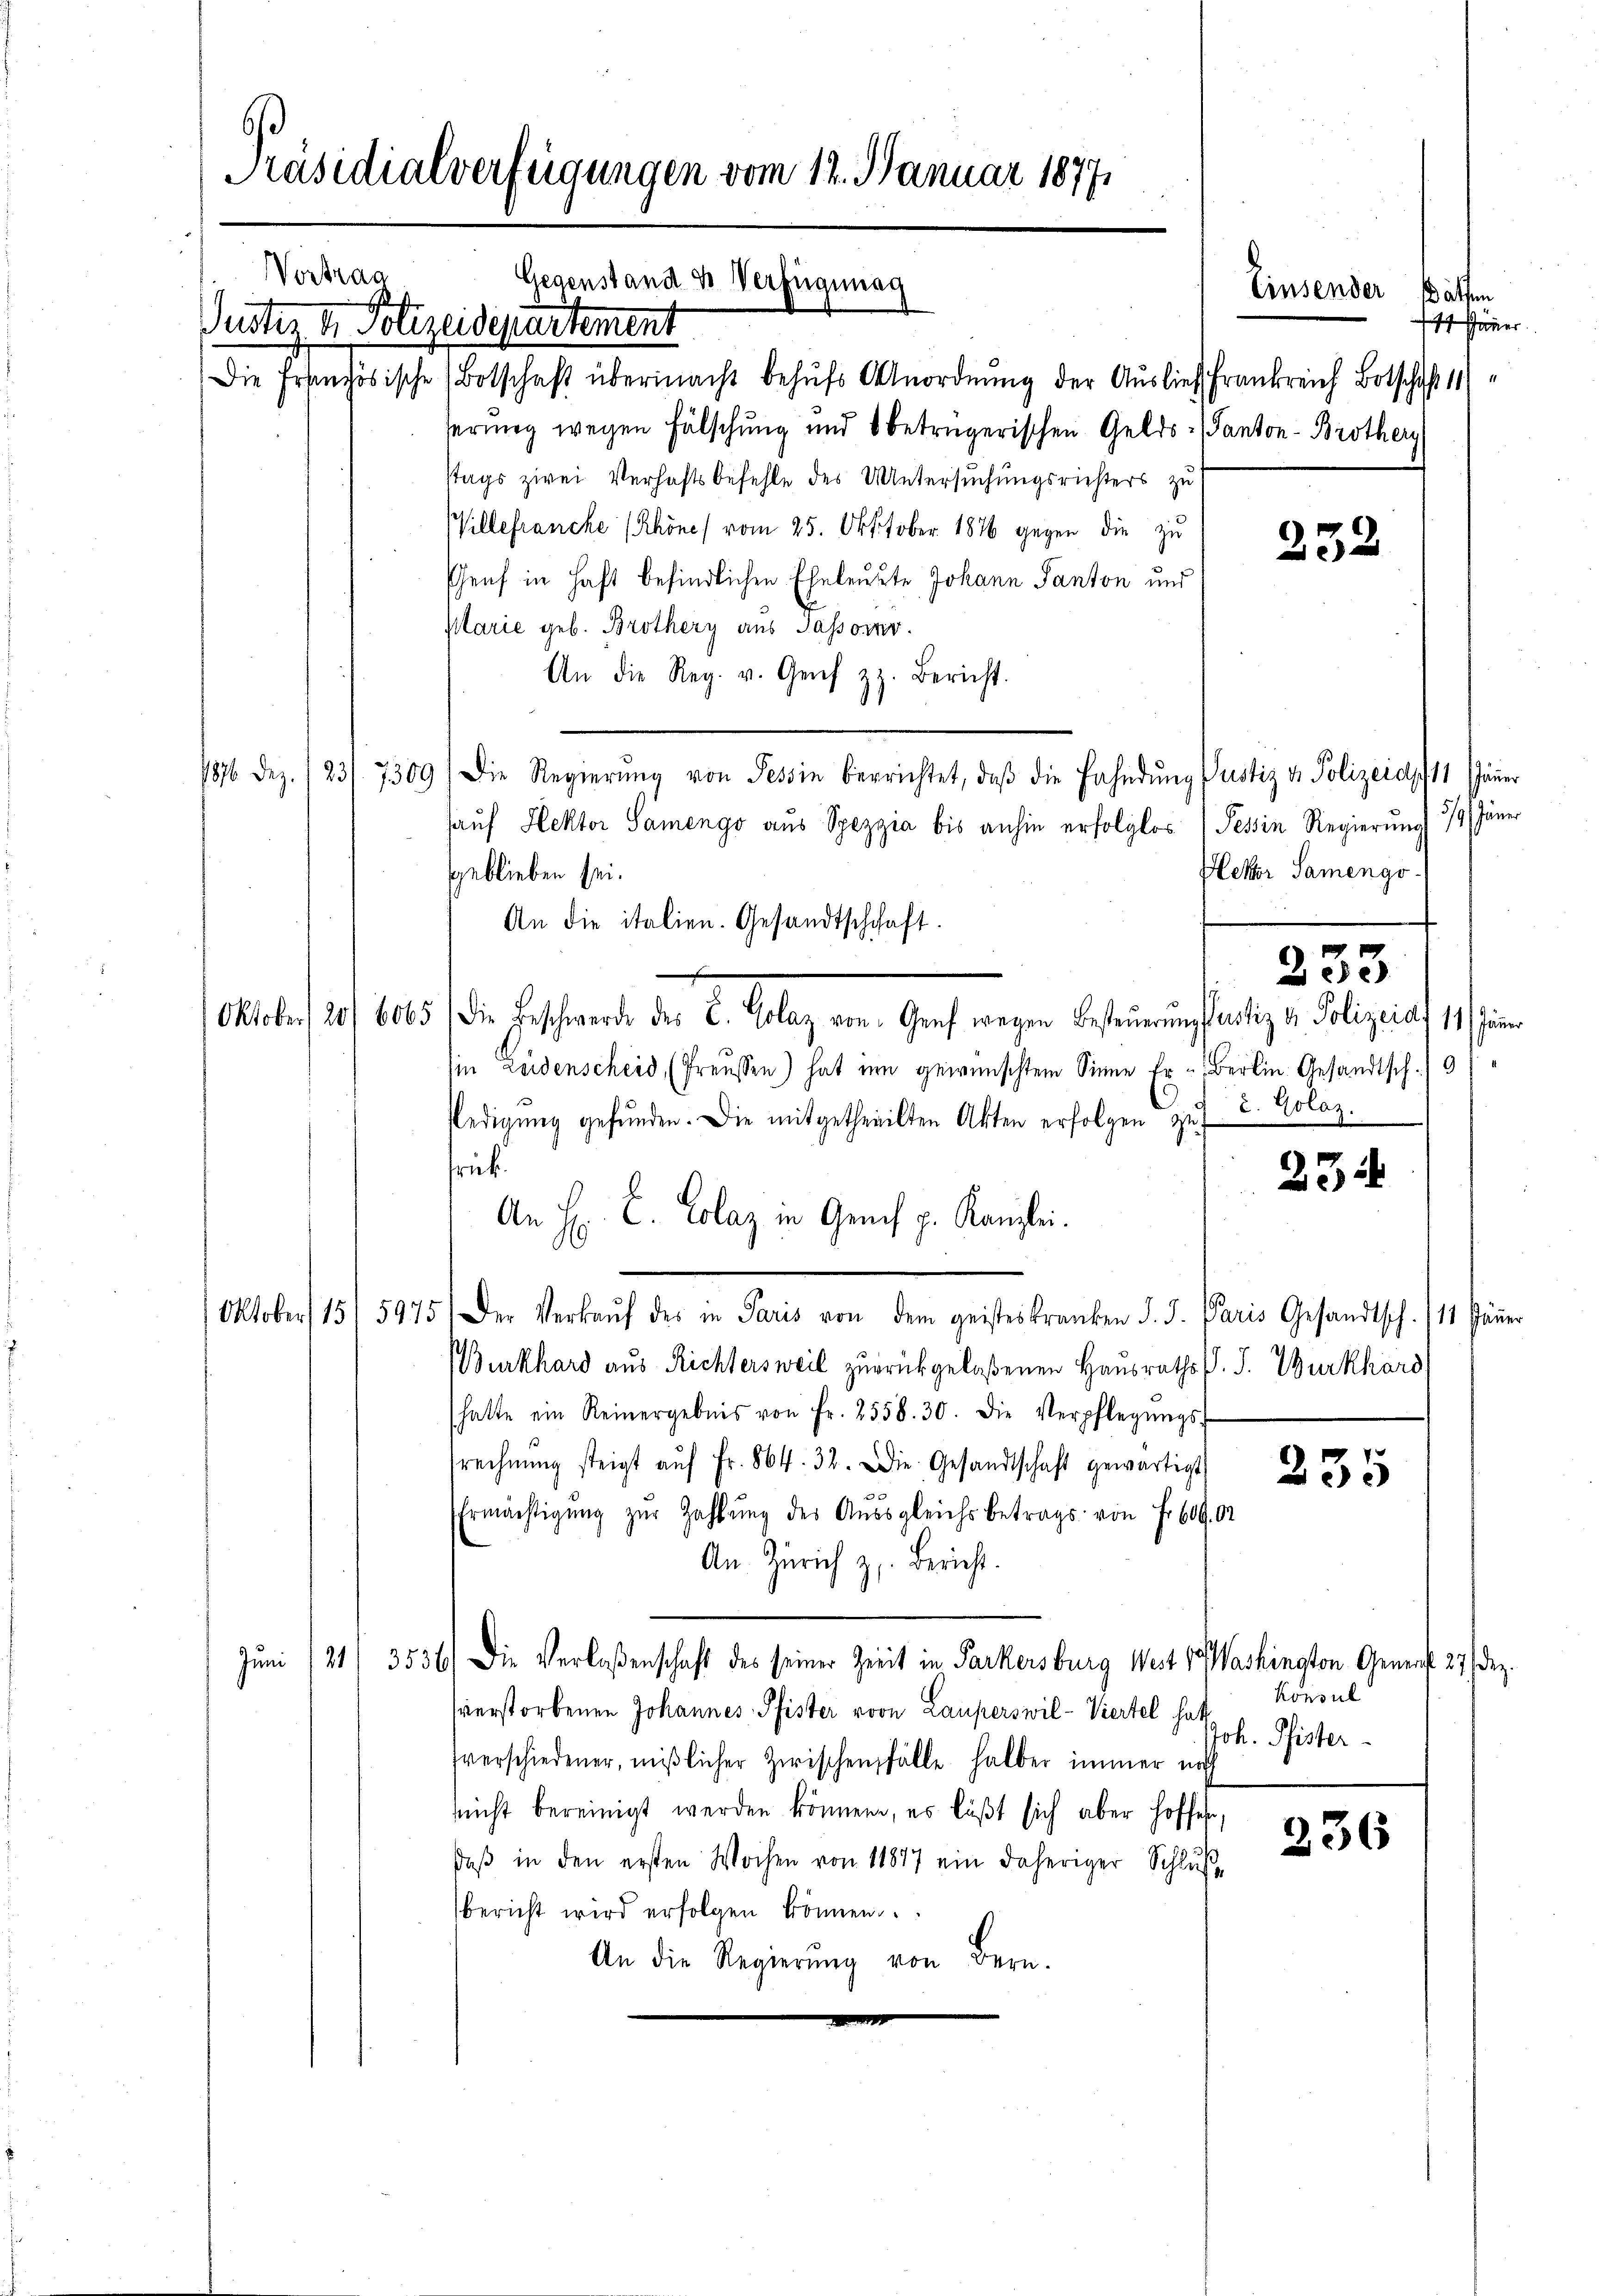
Präsidialverfügungen vom 12. Januar 1877

Wi
unter
Die Er

anzösische Botschaft übermacht behufs Anordnung der Auslief Frankreich Botschaft 11
serung wegen Fälschung und 8 betrügerischen Gelds- (Tanton - Brothers
Stags zwei Verhaftsbefehle des Untersuchungsrichters zu
Villefranche (Rhönes vom 25. Oktober 1876 gegen die zu
Genf in Haft befindlichen Eheleute Johann Panton und
plarie geb. Brothery aus Tassoir.
An die Reg. v. Genf z. Bericht.
1876 Dez. /23/7309) Die Regierŭng von Tessin berrichtet, daβ die Fahndŭng Justiz & Polizeids 11 Jäner
haŭf Hektor Samengo aus Spezia bis anhin erfolglos, Tessin Regierŭng 79 Jäner
geblieben sei.
An die italien. Gesandtschchaft.
Oktober, 20. 605) Die Geschwerde des L. Polag von Genf wegen Besteuerungsartig u. Polizeiat 11 in
in Leidenscheid, (Preussen) hat um gewünschtem Sinne Er u. Berlin Gesandtsch./9/
ledigung gefŭnden. Die mitgetheilten Akten erfolgen zu 2. Kolaz.
rük.
An H. E. Colaz in Gruch p. Kanzlei.
Oktober 15/ 5975.) Der Verkaŭf des in Paris von dem geisteskranken d. J. Paris Gesandtsch. 111. Jäner
(Burkhard aus Richtersweil zurückgelaßenen Hausraths P. J. Burkhard
hatte ein Reinergebnis von fr. 2558. 30. Die Verpflegŭngs-
srechnŭng steigt aŭf Fr. 864. 32. Die Gesandtschaft gewärtigt
Ermächtigŭng zŭr Zahlŭng des Aŭssgleichs betrags von Fr. 609. 02
An Zürich z. Bericht.
Juni /21/ 3536) Die Verlaßenschaft des seiner Zeit in Parkersburg Wert v. Washington Generft 27 Dez.
verstorbenen Johannes, Pfister von Lauperswil- Viertel hat Konsul
Joh. Pfister
fverschiedener, mißlicher Zwischen Fälle halber immer noch
nicht bereinigt werden können, es läßt sich aber hoffer,
236
daβ in den ersten Wochen von 11877 ein daheriger Schlŭβ
bericht wird erfolgen können.
An die Regierŭng von Bern.

Gegenstand u. Verfügung
Polizeidepartement

Jäner

Einsender Bälfen

252

Heker Samengo-
233

234